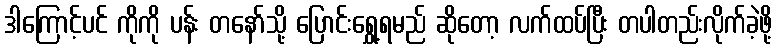
ဒါကြောင့်ပင် ကိုကို ပန်း တနော်သို့ ပြောင်းရွှေ့ရမည် ဆိုတော့ လက်ထပ်ပြီး တပါတည်းလိုက်ခဲ့ဖို့